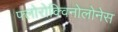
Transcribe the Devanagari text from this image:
फ्लोरोक्विनोलोनेस